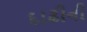
દાઢીની